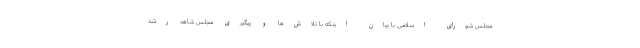
مجلس شورای اسلامی با بیان اینکه با تلاش‌ها و پیگیری مجلس شاهد رشد